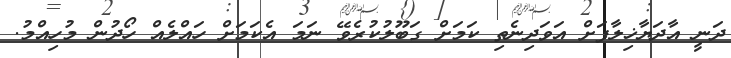
ދަނީ އާދަޔާޚިލާފަށް އަވަދިނެތި ކަމަށް ގަބޫލުކުރެވޭ ނަމަ އެކަމަށް ހައްލެއް ހޯދުން މުހިއްމު.